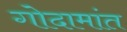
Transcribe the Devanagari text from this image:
गोदामांत